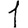
Digit: 1